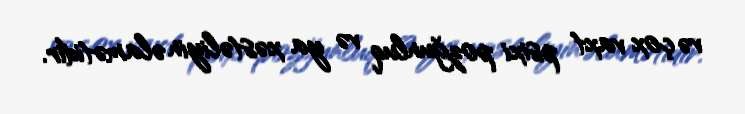
və çox vaxt psixi pozğunluq və ya xəstəliyin əlamətidir.